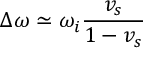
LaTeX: \Delta \omega \simeq \omega _ { i } \frac { v _ { s } } { 1 - v _ { s } }